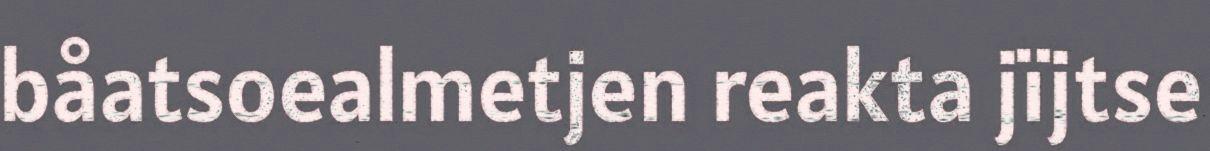
båatsoealmetjen reakta jïjtse